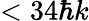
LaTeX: <34\hbar k